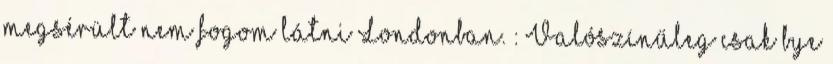
megsérült nem fogom látni Londonban. : Valószínűleg csak bye